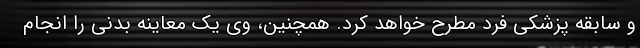
و سابقه پزشکی فرد مطرح خواهد کرد. همچنین، وی یک معاینه بدنی را انجام